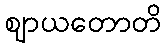
ဈာယတောတိ